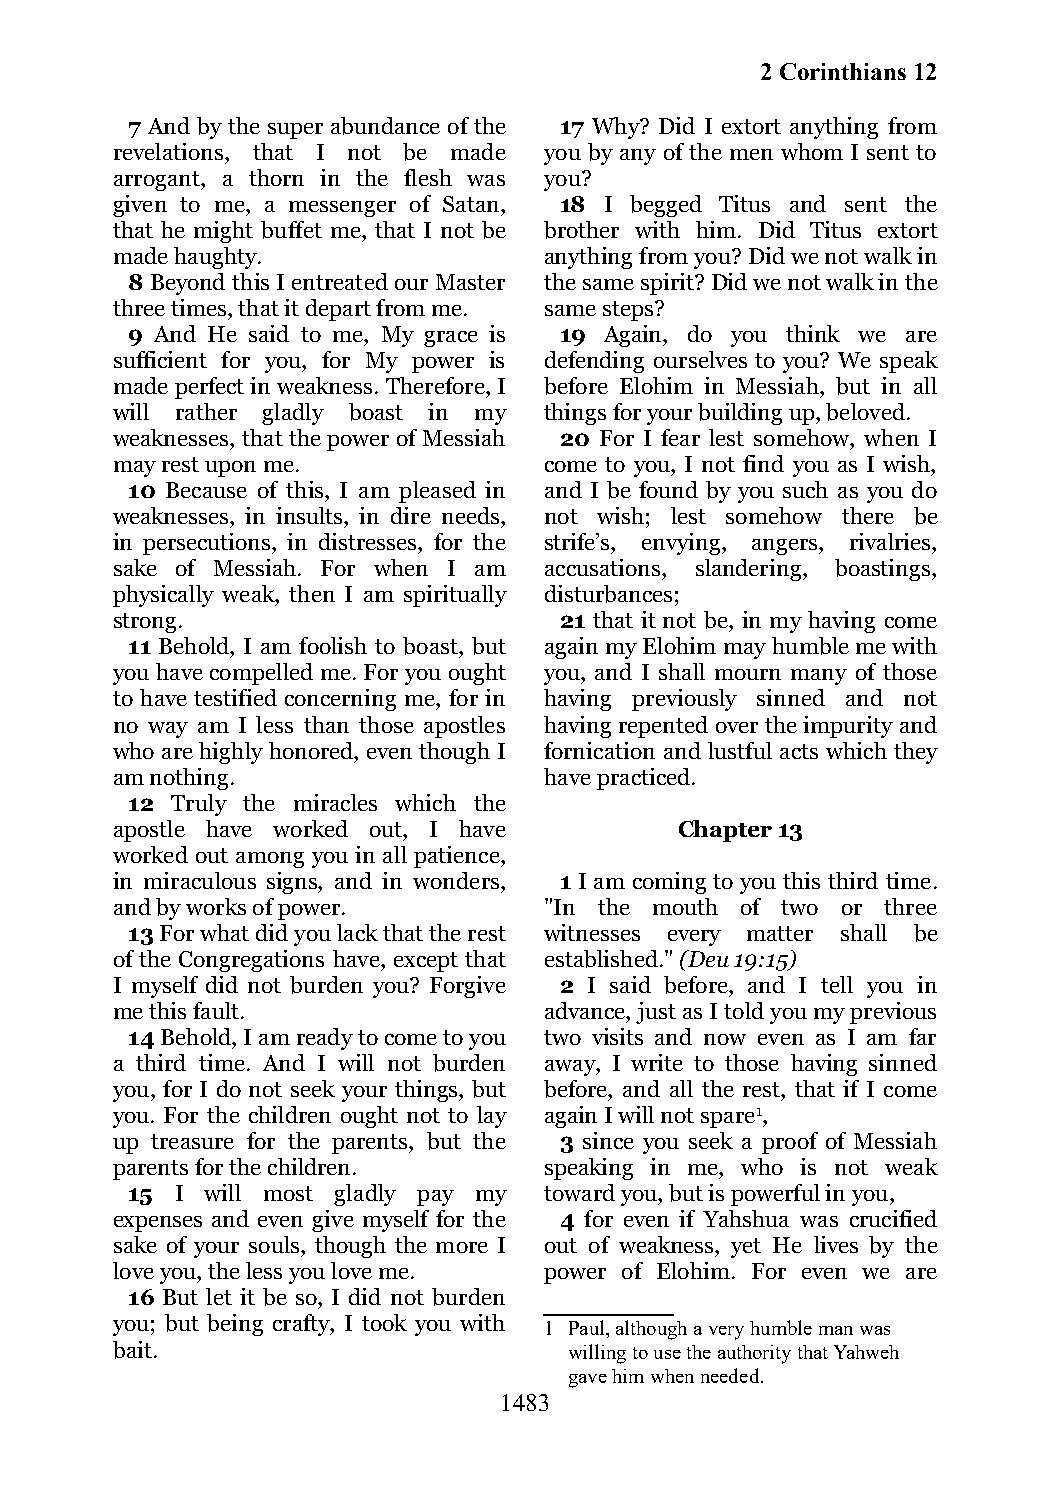
2 Corinthians 12
 7 And by the super abundance of the 17 Why? Did I extort anything from
 revelations, that I not be made you by any of the men whom I sent to
 arrogant, a thorn in the flesh was you?
 given to me, a messenger of Satan, 18 I begged Titus and sent the
 that he might buffet me, that I not be brother with him. Did Titus extort
 made haughty.                anything from you? Did we not walk in
 8 Beyond this I entreated our Master the same spirit? Did we not walk in the
 three times, that it depart from me. same steps?
 9 And He said to me, My grace is 19 Again, do you think we are
 sufficient for you, for My power is defending ourselves to you? We speak
 made perfect in weakness. Therefore, I before Elohim in Messiah, but in all
 will rather gladly boast in my things for your building up, beloved.
 weaknesses, that the power of Messiah 20 For I fear lest somehow, when I
 may rest upon me.            come to you, I not find you as I wish,
 10 Because of this, I am pleased in and I be found by you such as you do
 weaknesses, in insults, in dire needs, not wish; lest somehow there be
 in persecutions, in distresses, for the strife’s, envying, angers, rivalries,
 sake of Messiah. For when I am accusations, slandering, boastings,
 physically weak, then I am spiritually disturbances;
 strong.                       21 that it not be, in my having come
 11 Behold, I am foolish to boast, but again my Elohim may humble me with
 you have compelled me. For you ought you, and I shall mourn many of those
 to have testified concerning me, for in having previously sinned and not
 no way am I less than those apostles having repented over the impurity and
 who are highly honored, even though I fornication and lustful acts which they
 am nothing.                  have practiced.
 12 Truly the miracles which the
 apostle have worked out, I have       Chapter 13
 worked out among you in all patience,
 in miraculous signs, and in wonders, 1 I am coming to you this third time.
 and by works of power.       "In the mouth of two or three
 13 For what did you lack that the rest witnesses every matter shall be
 of the Congregations have, except that established." (Deu 19:15)
 I myself did not burden you? Forgive 2 I said before, and I tell you in
 me this fault.               advance, just as I told you my previous
 14 Behold, I am ready to come to you two visits and now even as I am far
 a third time. And I will not burden away, I write to those having sinned
 you, for I do not seek your things, but before, and all the rest, that if I come
 you. For the children ought not to lay again I will not spare1,
 up treasure for the parents, but the 3 since you seek a proof of Messiah
 parents for the children.    speaking in me, who is not weak
 15  I will most gladly pay my toward you, but is powerful in you,
 expenses and even give myself for the 4 for even if Yahshua was crucified
 sake of your souls, though the more I out of weakness, yet He lives by the
 love you, the less you love me. power of Elohim. For even we are
 16 But let it be so, I did not burden
 you; but being crafty, I took you with 1 Paul, although a very humble man was
 bait.                          willing to use the authority that Yahweh
 gave him when needed.
 1483